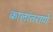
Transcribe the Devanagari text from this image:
कालांतराणे